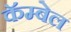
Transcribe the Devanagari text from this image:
कॅम्बेल